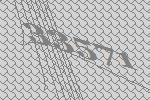
33571